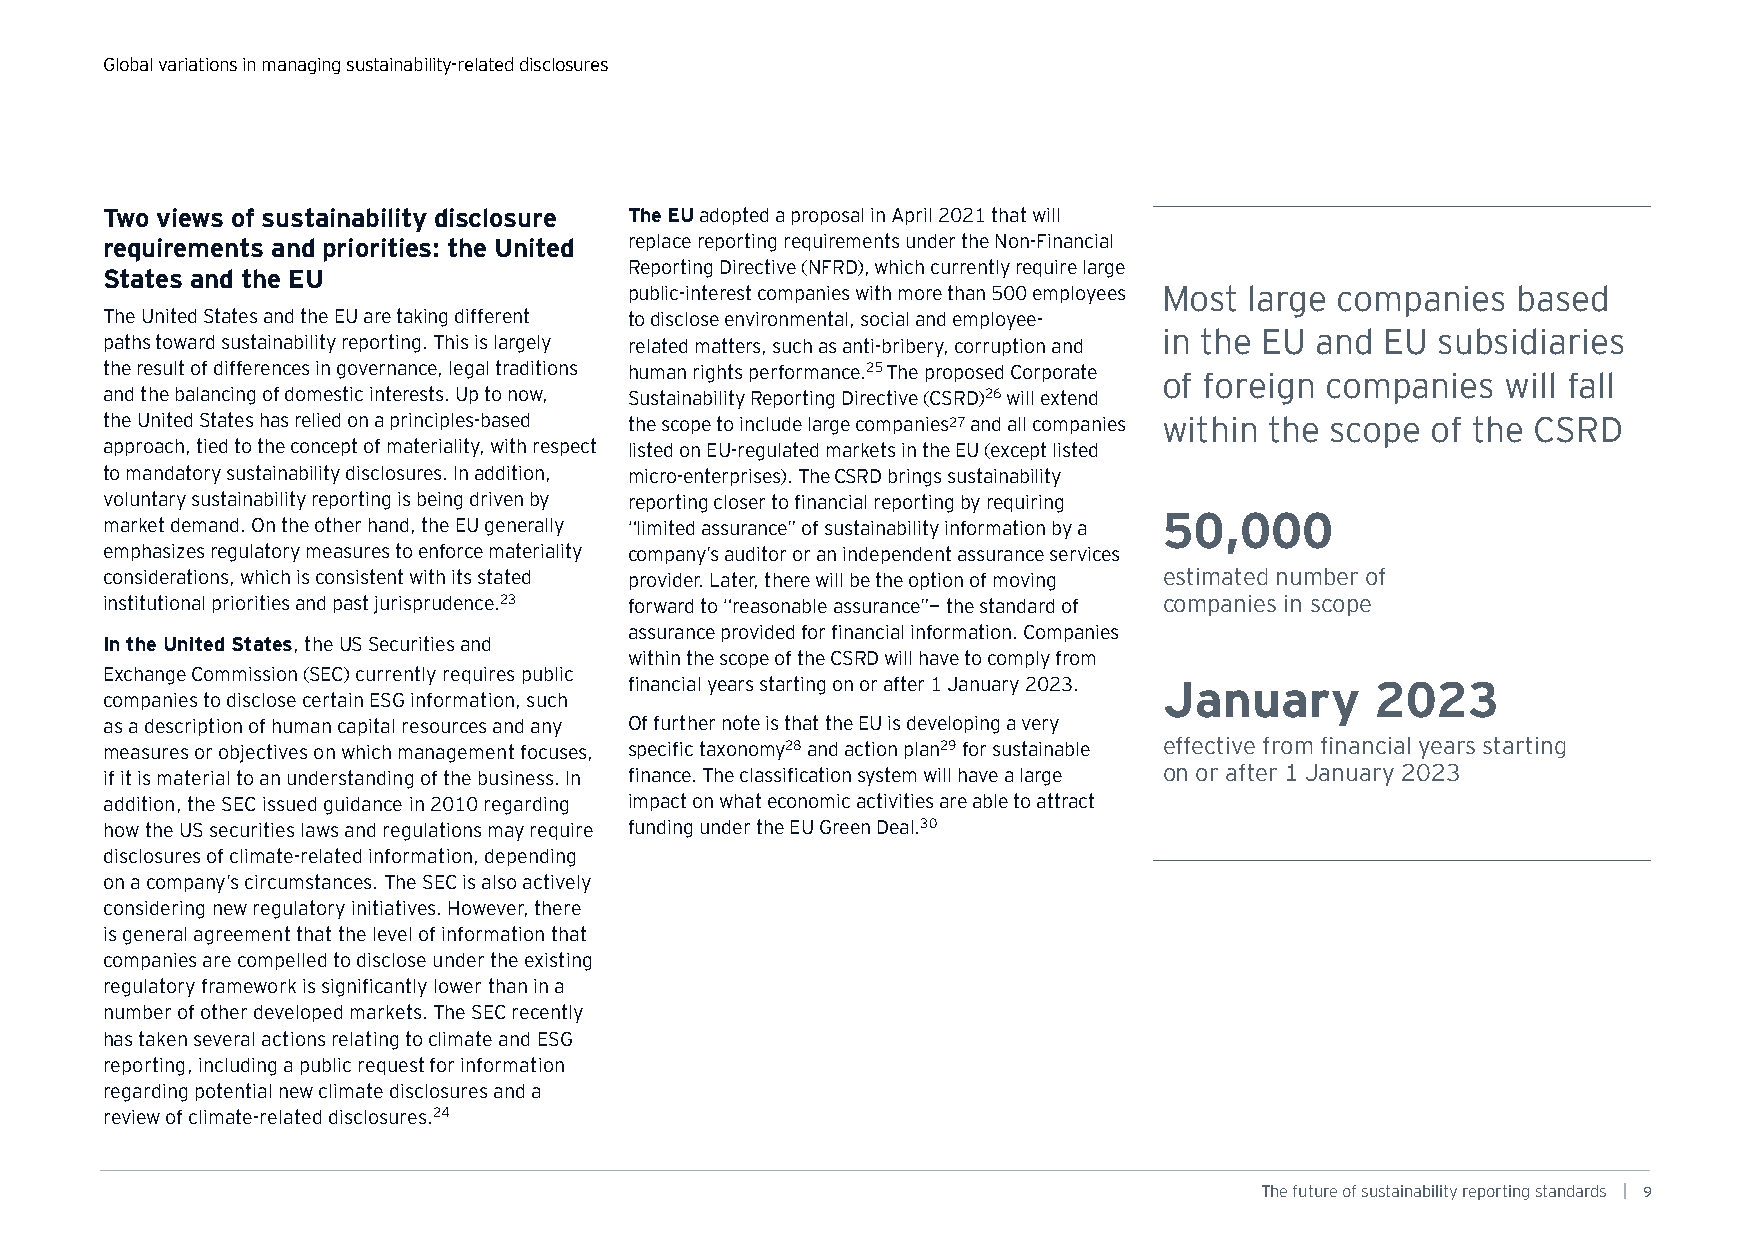
Global variations in managing sustainability-related disclosures
 Two views of sustainability disclosure The EU adopted a proposal in April 2021 that will
 requirements and priorities: the United replace reporting requirements under the Non-Financial
 Reporting Directive (NFRD), which currently require large
 States and the EU
 public-interest companies with more than 500 employees Most large companies based
 The United States and the EU are taking different to disclose environmental, social and employee-
 in the EU and  EU subsidiaries
 paths toward sustainability reporting. This is largely related matters, such as anti-bribery, corruption and
 the result of differences in governance, legal traditions human rights performance.25 The proposed Corporate
 of foreign companies   will fall
 and the balancing of domestic interests. Up to now, Sustainability Reporting Directive (CSRD)26 will extend
 the United States has relied on a principles-based the scope to include large companies27 and all companies within the scope of the CSRD
 approach, tied to the concept of materiality, with respect listed on EU-regulated markets in the EU (except listed
 to mandatory sustainability disclosures. In addition, micro-enterprises). The CSRD brings sustainability
 voluntary sustainability reporting is being driven by reporting closer to financial reporting by requiring
 50,000
 market demand. On the other hand, the EU generally “limited assurance” of sustainability information by a
 emphasizes regulatory measures to enforce materiality company’s auditor or an independent assurance services
 considerations, which is consistent with its stated provider. Later, there will be the option of moving estimated number of
 institutional priorities and past jurisprudence.23 forward to “reasonable assurance”— the standard of companies in scope
 assurance provided for financial information. Companies
 In the United States, the US Securities and
 within the scope of the CSRD will have to comply from
 Exchange Commission (SEC) currently requires public
 financial years starting on or after 1 January 2023. January 2023
 companies to disclose certain ESG information, such
 as a description of human capital resources and any Of further note is that the EU is developing a very
 measures or objectives on which management focuses, specific taxonomy28 and action plan29 for sustainable effective from financial years starting
 if it is material to an understanding of the business. In finance. The classification system will have a large on or after 1 January 2023
 addition, the SEC issued guidance in 2010 regarding impact on what economic activities are able to attract
 how the US securities laws and regulations may require funding under the EU Green Deal.30
 disclosures of climate-related information, depending
 on a company’s circumstances. The SEC is also actively
 considering new regulatory initiatives. However, there
 is general agreement that the level of information that
 companies are compelled to disclose under the existing
 regulatory framework is significantly lower than in a
 number of other developed markets. The SEC recently
 has taken several actions relating to climate and ESG
 reporting, including a public request for information
 regarding potential new climate disclosures and a
 review of climate-related disclosures.24
 The future of sustainability reporting standards | 9